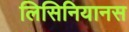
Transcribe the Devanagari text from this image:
लिसिनियानस